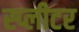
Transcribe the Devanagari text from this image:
स्प्लीटर